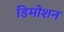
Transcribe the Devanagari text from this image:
डिमोशन